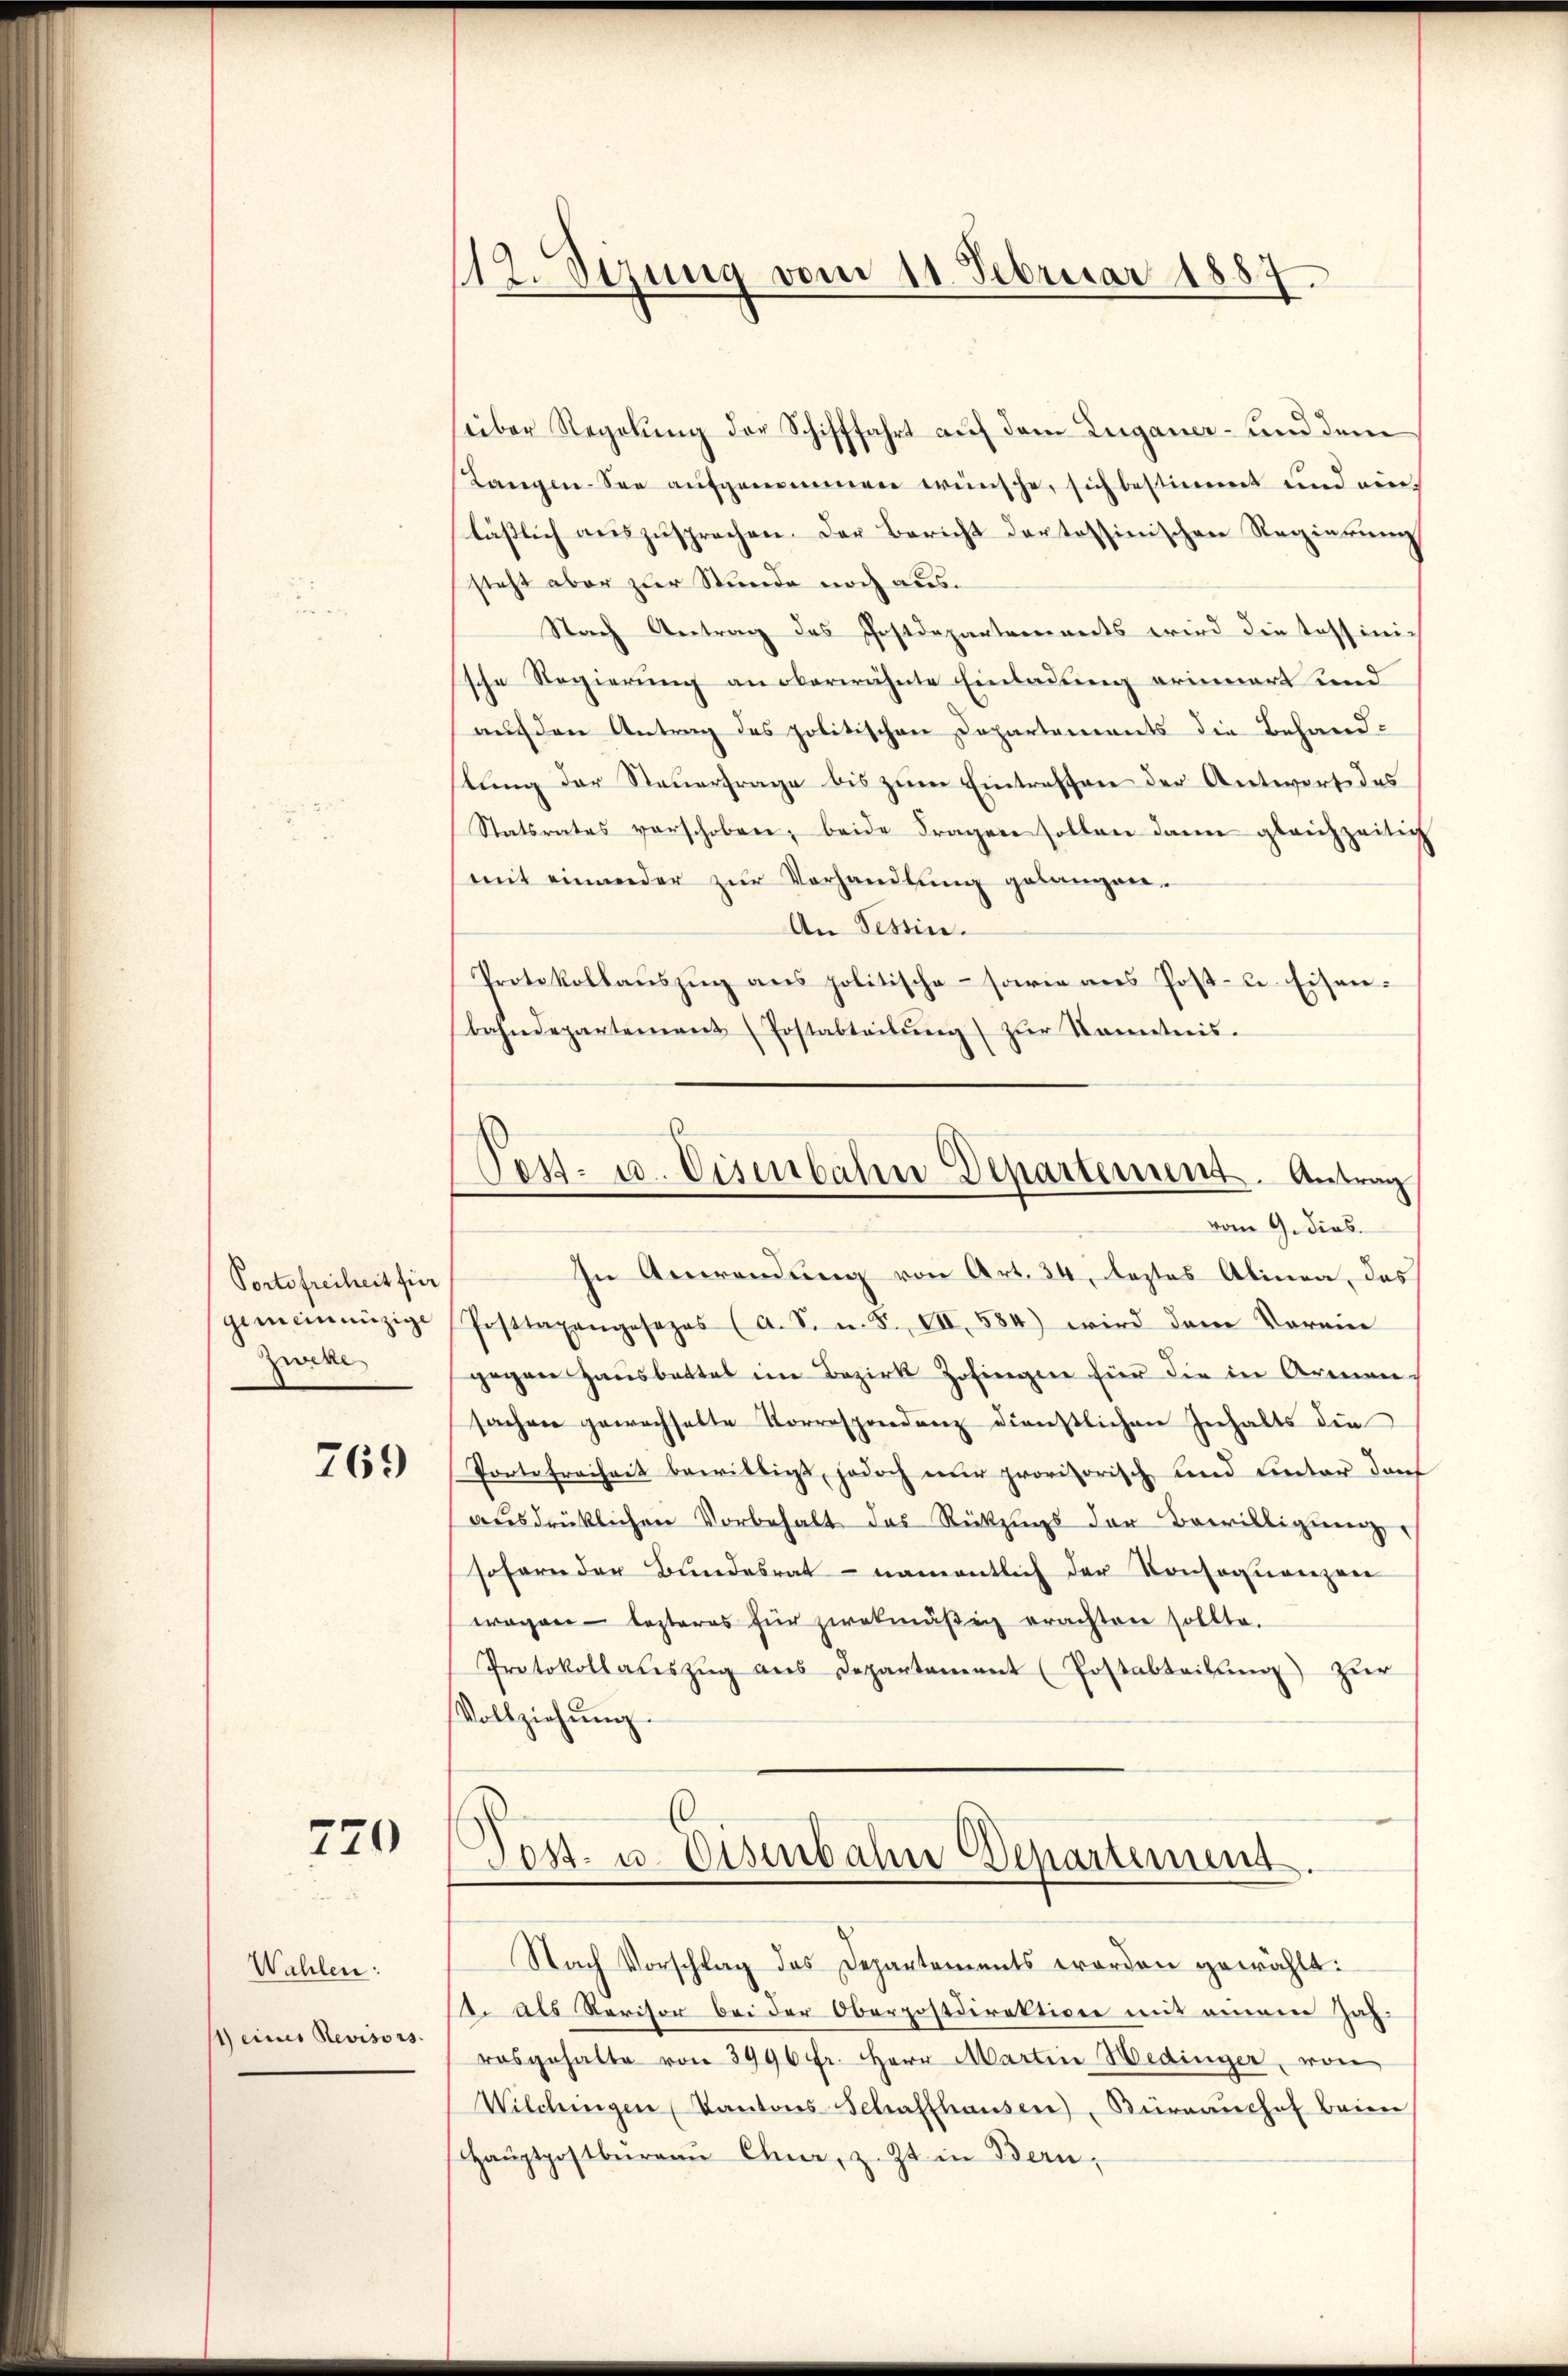
Portofreiheit für
gemeinnüzige
Zweke

769

770

Wahlen:
4) eines Revisors

12. Sizung vom 11. Februar 1887.

seiber Regelung der Schifffahrt auf dem Zuganer- und dem
Langen-See aufgenommen wünsche, sich bestimmt und einläßlich auszusprechen. Der Bericht der tessinischen Regierung
steht aber zur Stunde noch aus¬
Nach Antrag des Postdepartements wird die Tessini-
sche Regierung an oberwähnte Einladung erinnert und
auf den Antrag des politischen Departements die Behand-
lung der Steuerfrage bis zum Eintreffen der Antwort des
Statsrates verschoben, beide Fragen sollen dann gleichzeitig
mit einander zŭr Vorhandlŭng gelangen.
An Tessin.
Protokollauszug aus politische - sowie aus Post- u Eisenbahndepartement (Postabteilŭng zŭr Kenntnis.

In Anwendung von Art. 34, leztes Alinea, das
Posttageangesezes (A. S. m. F. VII, 584) wird dem Vorein
gegen Hausbattes im Bezirk Zofingen für die in Armen
sachen gewachselte Korrespondenz dienstlichen Inhalts die
Porte freiheit bewilligt, jedoch nur provisorisch und unter dort
aŭsdrücklichen Vorbehalt des Rückzŭgs der Bewilligŭng
sofern der Bundesrat - namentlich der Konsequenzen
wagen - lezteres für zwekmäßig erachten sollte.
Protokollaŭszŭg ans Departement (Postabteilŭng zŭr
Vollziehŭng.
(
Post. u. Eisenbahn Departement.
Nach Vorschlag des Depantements worden gewählt:
1. Als Revisor bei der Oberpostdirektion mit einem Zah-
rosgehalte von 3996 fr. Herr Martin Hedinger, von
Wilchingen Kantons-Schaffhausen), Büreaŭchef beim
Haŭptpostbüreaŭ Chur, z. Zt. in Bern,

Pett- u. Eisenbahn Departement. Antrag
vom 9. dies